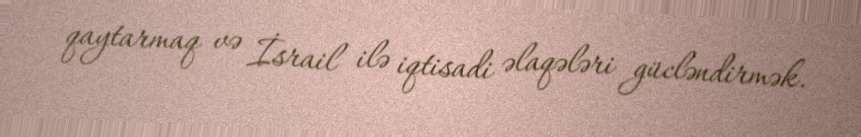
qaytarmaq və İsrail ilə iqtisadi əlaqələri gücləndirmək.